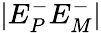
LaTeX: |E_{P}^{-}E_{M}^{-}|